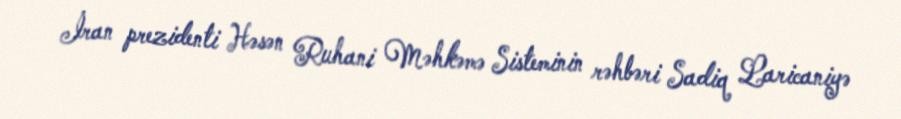
İran prezidenti Həsən Ruhani Məhkəmə Sisteminin rəhbəri Sadiq Laricaniyə